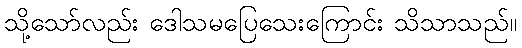
သို့သော်လည်း ဒေါသမပြေသေးကြောင်း သိသာသည်။